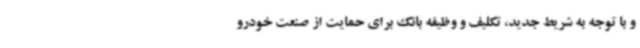
و با توجه به شریط جدید، تکلیف و وظیفه بانک برای حمایت از صنعت خودرو